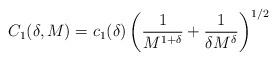
LaTeX: \begin{align*}C_1(\delta,M) = c_1(\delta)\left(\frac{1}{M^{1+\delta}}+\frac{1}{\delta M^{\delta}}\right)^{1/2}\end{align*}